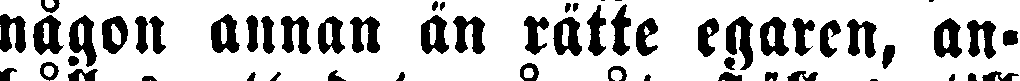
någon annan än rätte egaren, an-